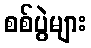
စစ်ပွဲများ